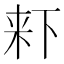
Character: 𣑎